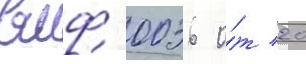
вмф 0036 о́т 20